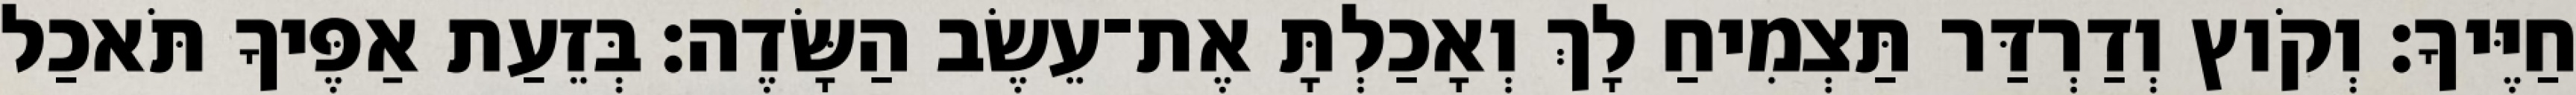
חַיֶּיךָ׃ וְקֹוץ וְדַרְדַּר תַּצְמִיחַ לָךְ וְאָכַלְתָּ אֶת־עֵשֶׂב הַשָּׂדֶה׃ בְּזֵעַת אַפֶּיךָ תֹּאכַל